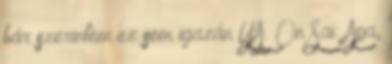
bár szerintem ez sem igazán YA. On Sai: Apa,